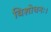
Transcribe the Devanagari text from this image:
विशोधनः।